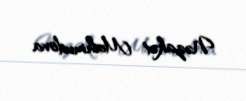
Nəzakət Mahmudova